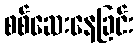
စစ်ဆေးနေခြင်း